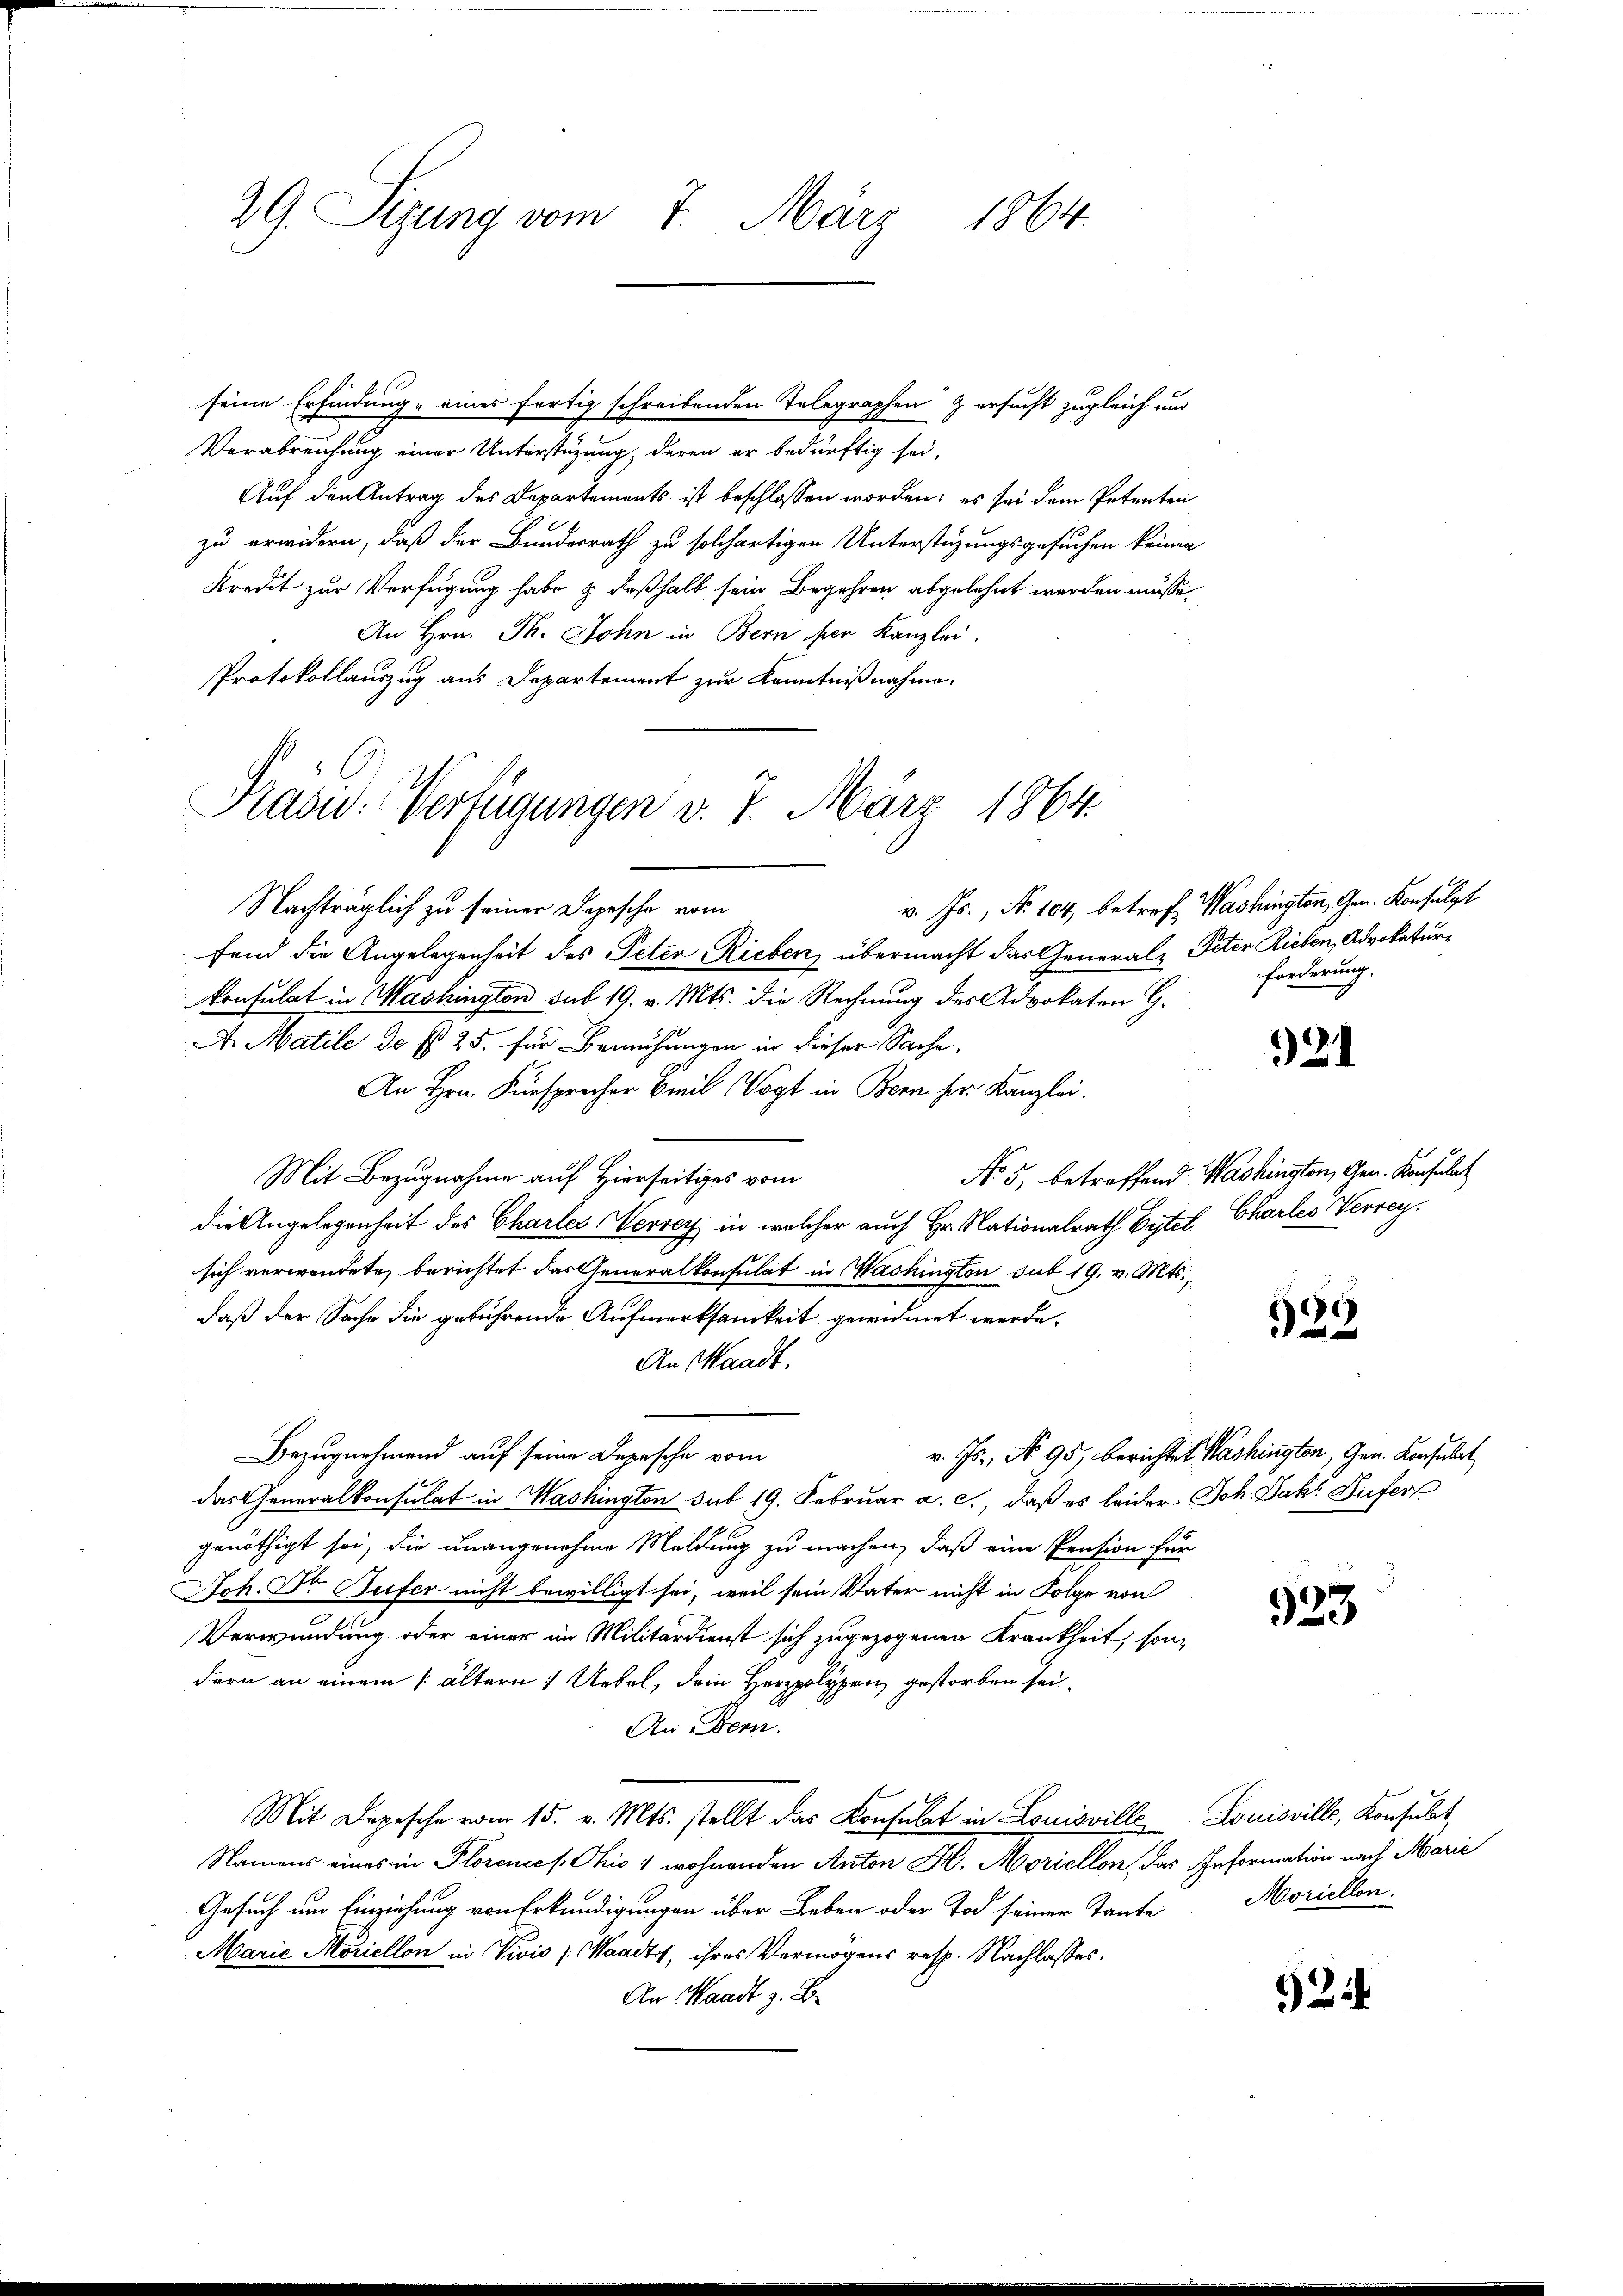
29. Sizung vom 7. März 1864.

seine Erfindung eines fertig schreibenden Telegraphen & ersucht zugleich und
Verabreichung einer Unterstüzung, deren er bedürftig sei,
Auf den Antrag des Departements ist beschlossen worden; es sei dem Petenten
zu erwidern, daß der Bundesrath zu solchertigen Unterstüzungsgesuchen keinen
Kredit zur Verfügung habe & deßhalb sein Begehren abgelehnt werden müsse.
An Hrn. Th. John in Bern per Kanzlei.
Protokollauszug aus Departement zur Kenntnißnahme.
fend die Angelegenheit des Peter Rieben übermacht das Generalz Peter Rieben, Advokatur¬
Konsulat in Mashington sub 19. v. Mts. die Rechnung des Advokaten G.
A. Matile de fl. 25. für Bemühungen in dieser Sache,
An Hrn. Fürsprecher Smil Vogt in Bern her Kanzlei.
Mit Bezugnahme auf Hierseitiges vom
die Angelegenheit des Chartes errech in welcher auch Hr. Nationalrath Bytel, Charles Verreg
sich verwendete, berichtet das Generalkonsulat in Washington sub 19. v. Mts.,
daß der Sache die gebührende Aufmerksamkeit gewidmet werde.
An Waadt.
Bezugnehmend auf seine Depesche vom
v. Js., No 95, berichtet Washington, Gen. Konsulat
das Generalkonsulat in Washington sub 19. Februar a. c., daß es leider Joh. Daks Hufer
genöthigt sei, die unangenehme Meldung zu machen, daß eine Pension für
Joh. Dr Gufer nicht bewilligt sei, weil sein Vater nicht in Folge von
Verwundung oder einer im Militärdienst sich zugezogenen Krankheit, sondern an einem (ältern Uebel, dein Herzpolypen, gestorben sei,
An Bern.
Mit Depesche vom 15. v. Mts. stellt das Konsulat in Louisville Louisville, Konsult
Namens eines in Plorenes Ohio 1 wohnenden Anton H. Moriellon, das Information nach Marie
Gesuch um Einziehung von Erkundigungen über Leben oder Tod seiner Tante
Marie Moriellon in Vivis (Waadt, ihres Vermögens resp. Nachlasses.
An Waadt z. B.

Pras: Verfügungen v. 7. März 1864.
Nachträglich zu seiner Depesche vom

v. Js., Nr. 104, betref Washington, Gen. Konsulgt
forderung.

21

No 5, betreffend Washington, Gen. Konsulat

199

323

92

Moriellen.